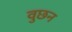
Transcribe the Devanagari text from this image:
वुछन